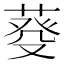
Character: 𦳠